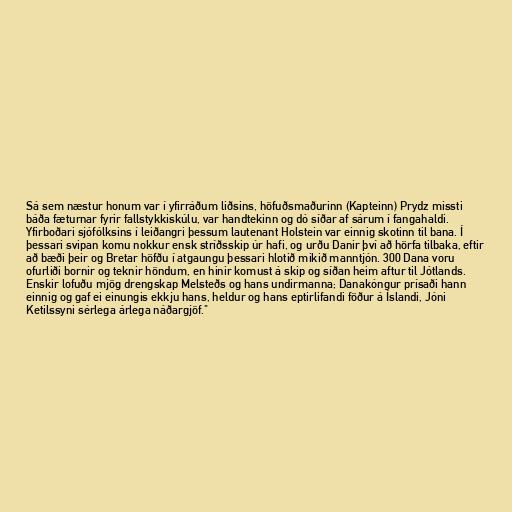
Sá sem næstur honum var í yfirráðum liðsins, höfuðsmaðurinn (Kapteinn) Prydz missti
báða fæturnar fyrir fallstykkiskúlu, var handtekinn og dó síðar af sárum í fangahaldi.
Yfirboðari sjófólksins í leiðangri þessum lautenant Holstein var einnig skotinn til bana. Í
þessari svipan komu nokkur ensk stríðsskip úr hafi, og urðu Danir því að hörfa tilbaka, eftir
að bæði þeir og Bretar höfðu í atgaungu þessari hlotið mikið manntjón. 300 Dana voru
ofurliði bornir og teknir höndum, en hinir komust á skip og síðan heim aftur til Jótlands.
Enskir lofuðu mjög drengskap Melsteðs og hans undirmanna; Danakóngur prísaði hann
einnig og gaf ei einungis ekkju hans, heldur og hans eptirlifandi föður á Íslandi, Jóni
Ketilssyni sérlega árlega náðargjöf."